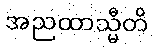
အညထာသ္မီတိ